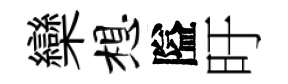
欒想隘旴